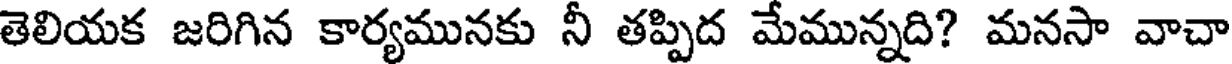
తెలియక జరిగిన కార్యమునకు నీ తప్పిద మేమున్నది? మనసా వాచా